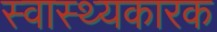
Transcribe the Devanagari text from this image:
स्वास्थ्यकारक